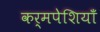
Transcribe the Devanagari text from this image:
कर्मपेशियाँ